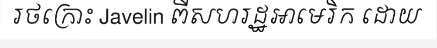
រថក្រោះ Javelin ពីសហរដ្ឋអាមេរិក ដោយ